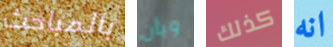
بالمباحث وبأن كذلك انه